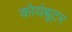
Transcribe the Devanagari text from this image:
कोयंबूटर